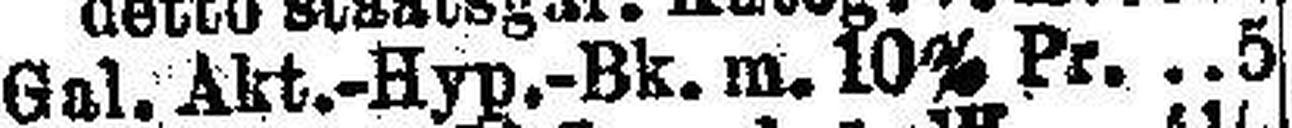
Gal. Akt.-Hyp.-Bk. m. 10% Pr. 5